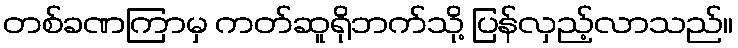
တစ်ခဏကြာမှ ကတ်ဆူရိုဘက်သို့ ပြန်လှည့်လာသည်။